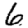
Digit: 6